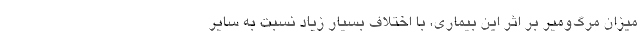
میزان مرگ‌ومیر بر اثر این بیماری، با اختلاف بسیار زیاد نسبت به سایر